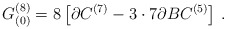
\begin{align*}G^{(8)}_{(0)} = 8 \left[\partial C^{(7)}-3\cdot 7 \partial B C^{(5)}\right]\, .\end{align*}